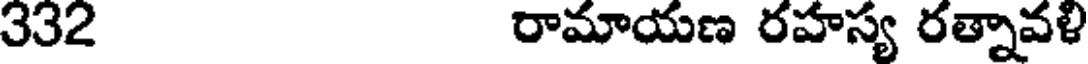
332 రామాయణ రహస్య రత్నావళి